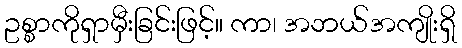
ဥစ္စာကိုရှာမှီးခြင်းဖြင့်။ ကာ၊ အဘယ်အကျိုးရှိ